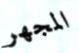
المجهر